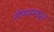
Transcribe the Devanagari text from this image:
लेण्यामधून